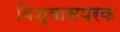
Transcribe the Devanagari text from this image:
विश्वासपरक